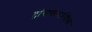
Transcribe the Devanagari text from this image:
ट्रांसथोरासिक